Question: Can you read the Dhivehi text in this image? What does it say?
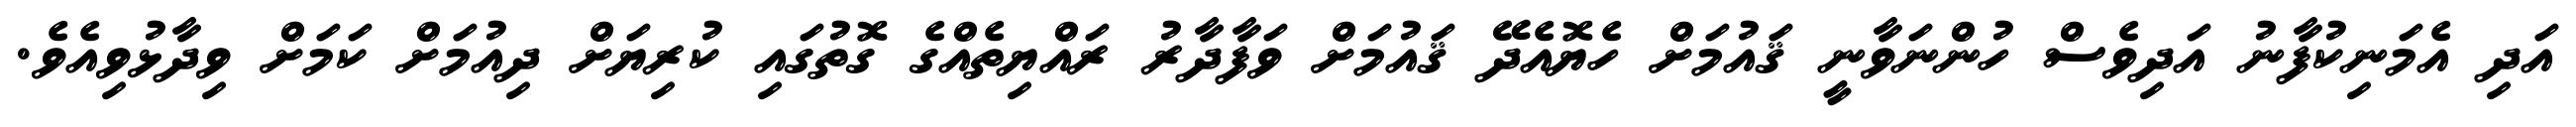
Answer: އަދި އެމަނިކުފާނު އަދިވެސް ހުންނަވާނީ ޤައުމަށް ހެޔޮއެދޭ ޤައުމަށް ވަފާދާރު ރައްޔިތެއްގެ ގޮތުގައި ކުރިޔަށް ދިއުމަށް ކަމަށް ވިދާޅުވިއެވެ.